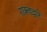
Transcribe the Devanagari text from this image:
राक्ताद्वारे